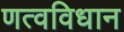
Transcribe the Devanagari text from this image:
णत्वविधान